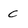
Character: C